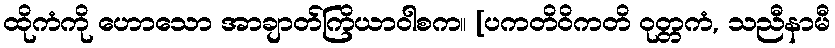
ထိုကံကို ဟောသော အာချာတ်ကြိယာဝါစက။ [ပကတိဝိကတိ ဝုတ္တကံ, သညီနာမီ